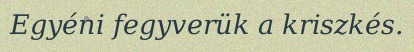
Egyéni fegyverük a kriszkés.